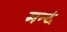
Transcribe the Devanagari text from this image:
मन्दं